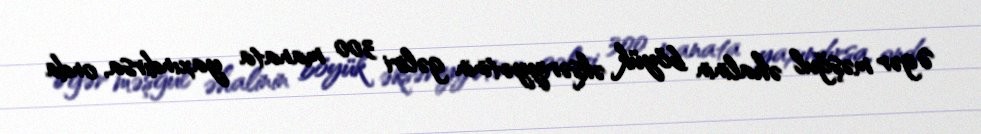
Əgər məşğul əhalinin böyük əksəriyyətinin gəliri 300 manata yaxındırsa, onda